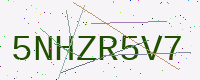
Text: 5NHZR5V7